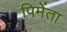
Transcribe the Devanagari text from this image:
पिमेंता